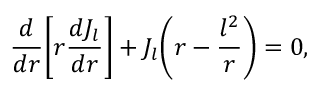
\frac { d } { d r } \bigg [ r \frac { d J _ { l } } { d r } \bigg ] + J _ { l } \bigg ( r - \frac { l ^ { 2 } } { r } \bigg ) = 0 ,